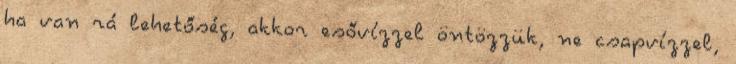
ha van rá lehetőség, akkor esővízzel öntözzük, ne csapvízzel,